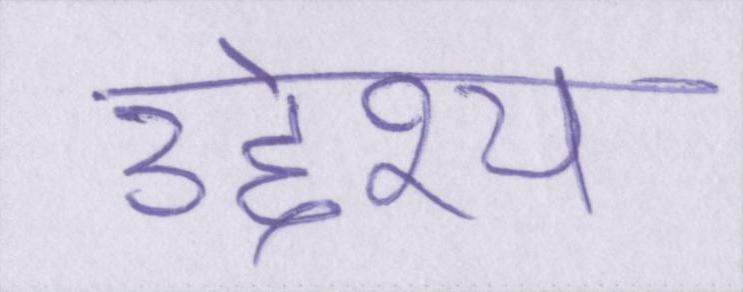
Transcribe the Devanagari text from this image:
उद्देश्य